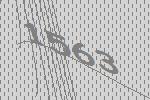
1563